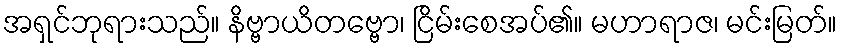
အရှင်ဘုရားသည်။ နိဗ္ဗာယိတဗ္ဗော၊ ငြိမ်းစေအပ်၏။ မဟာရာဇ၊ မင်းမြတ်။